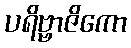
ပရိဗ္ဗာဇိကော